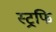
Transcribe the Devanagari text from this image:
स्ट्रफि